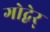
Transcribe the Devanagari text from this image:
गोद्बेर्